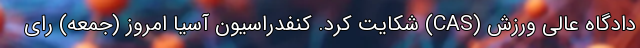
دادگاه عالی ورزش (CAS) شکایت کرد. کنفدراسیون آسیا امروز (جمعه) رای